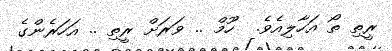
ރީތި ތޯ އަހާލިއެވެ.  ހޫމް .. ވަރަށް ރީތި .. އަހަރެންގެ